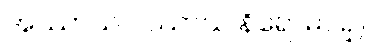
အဿာသ ပဿာသ နိရောဓပဉှ။